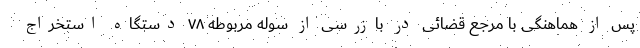
پس از هماهنگی با مرجع قضائی در بازرسی از سوله مربوطه ۷۸ دستگاه استخراج